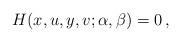
LaTeX: \begin{align*}H(x,u,y,v;\alpha,\beta)=0\,,\end{align*}